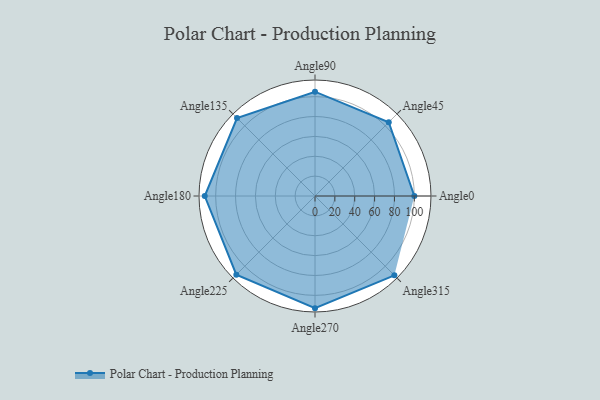
{"axis": {"x": "Angle", "y": "Radius"}, "legend": [""], "data": [{"x": "Angle0", "y": 100.0, "type": ""}, {"x": "Angle45", "y": 105.0, "type": ""}, {"x": "Angle90", "y": 105.0, "type": ""}, {"x": "Angle135", "y": 111.0, "type": ""}, {"x": "Angle180", "y": 111.0, "type": ""}, {"x": "Angle225", "y": 112.0, "type": ""}, {"x": "Angle270", "y": 113.0, "type": ""}, {"x": "Angle315", "y": 113.0, "type": ""}]}